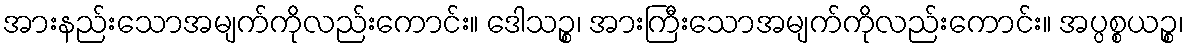
အားနည်းသောအမျက်ကိုလည်းကောင်း။ ဒေါသဉ္စ၊ အားကြီးသောအမျက်ကိုလည်းကောင်း။ အပ္ပစ္စယဉ္စ၊